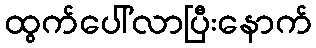
ထွက်ပေါ်လာပြီးနောက်